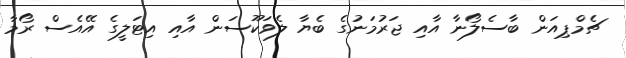
ޗެމްޕިއަން ބާސެލޯނާ އާއި ޖަރުމަނުގެ ބެޔާ ލެވަކޫސަން އާއި އިޓަލީގެ އޭއެސް ރޯމާ